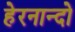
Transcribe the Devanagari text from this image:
हेरनान्दो